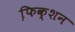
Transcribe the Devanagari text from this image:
फि़क्शन